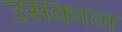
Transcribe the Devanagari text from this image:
उसकाल